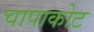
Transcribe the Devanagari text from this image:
चापाकोट